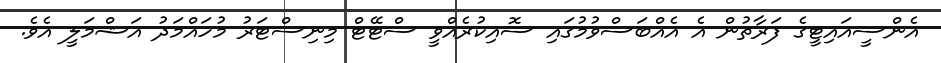
އެންސީއައިޓީގެ ފަރާތުން އެ އެއްބަސްވުމުގައި ސޮއިކުރެއްވީ ސްޓޭޓް މިނިސްޓަރު މުހައްމަދު އަޝްމަލީ އެވެ.